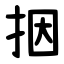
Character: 㧢